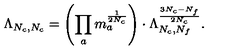
\Lambda _ { N _ { c } , N _ { c } } = \left( \prod _ { a } m _ { a } ^ { \frac 1 { 2 N _ { c } } } \right) \cdot \Lambda _ { N _ { c } , N _ { f } } ^ { \frac { 3 N _ { c } - N _ { f } } { 2 N _ { c } } } .